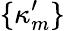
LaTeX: \{ \kappa_{m}^{\prime}\}